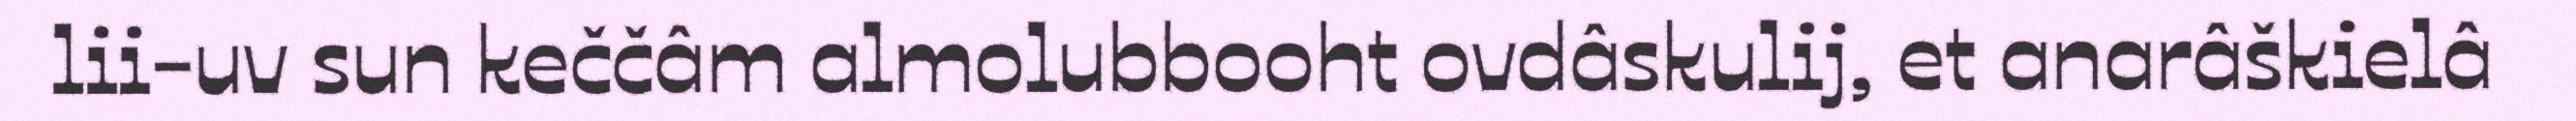
lii-uv sun keččâm almolubbooht ovdâskulij, et anarâškielâ